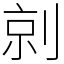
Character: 剠